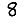
Digit: 8